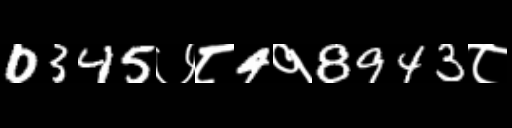
Text: 0345७८4१8943८